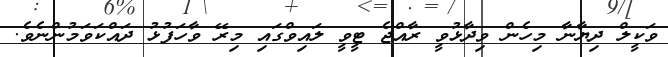
ވަކީލް ދިޔާނާ މިހެން ވިދާޅުވީ ރާއްޖެ ޓީވީ ލައިވްގައި މިރޭ ވާހަފުޅު ދައްކަވަމުންނެވެ.